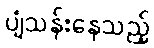
ပျံသန်းနေသည့်